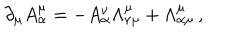
\partial _ { \mu } A _ { \alpha } ^ { \mu } = - A _ { \alpha } ^ { \nu } \Lambda _ { \nu \mu } ^ { \mu } + \Lambda _ { \alpha \mu } ^ { \mu } \, ,